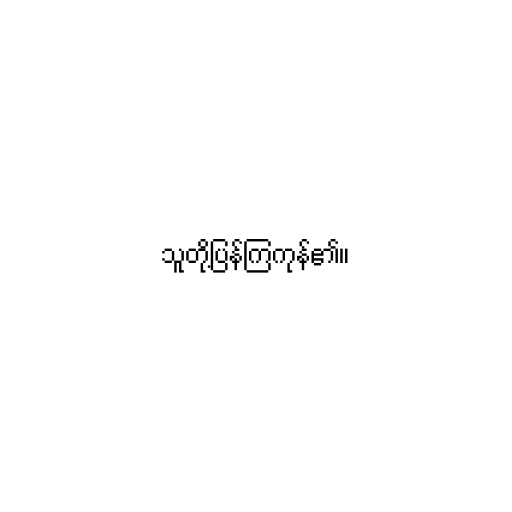
သူတို့ပြန်ကြကုန်၏။